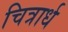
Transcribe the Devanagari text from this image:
चित्रार्ध